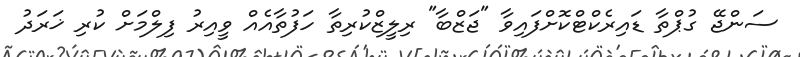
ސަންޖޭ ގުޕްތާ ޑައިރެކްޓްކޮށްފައިވާ "ޖަޒްބާ" ރިލީޒްކުރިތާ ހަފުތާއެއް ވީއިރު ފިލްމަށް ކުރި ޚަރަދު